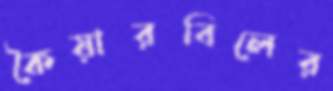
কৈয়ারবিলের